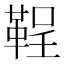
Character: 鞓